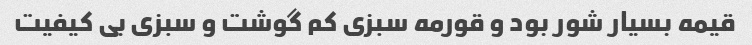
قیمه بسیار شور بود و قورمه سبزی کم گوشت و سبزی بی کیفیت